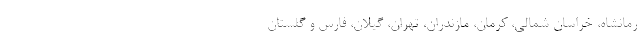
رمانشاه، خراسان شمالی، کرمان، مازندران، تهران، گیلان، فارس و گلستان